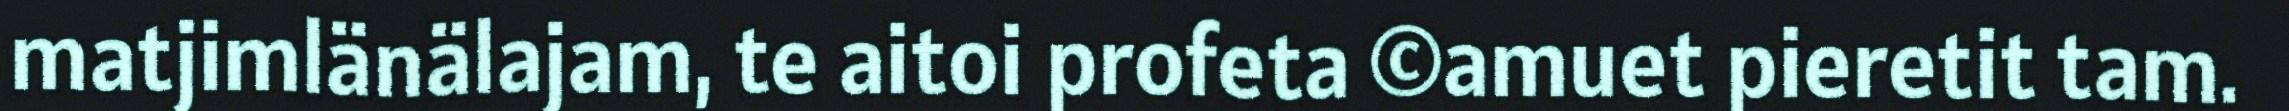
matjimlänälajam, te aitoi profeta ©amuet pieretit tam.